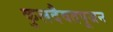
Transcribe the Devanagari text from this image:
कुलदैवतपूजन